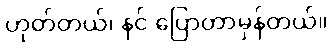
ဟုတ်တယ်၊ နင် ပြောတာမှန်တယ်။